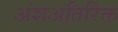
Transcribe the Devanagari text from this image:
अंशअतिरिक्त